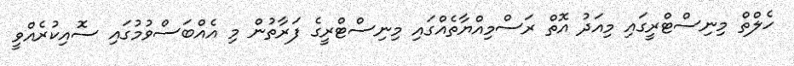
ހެލްތް މިނިސްޓްރީގައި މިއަދު އޮތް ރަސްމިއްޔާތެއްގައި މިނިސްޓްރީގެ ފަރާތުން މި އެއްބަސްވުމުގައި ސޮއިކުރެއްވީ